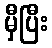
မှီပြီး